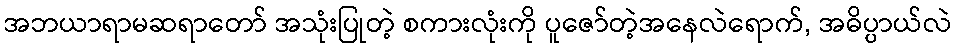
အဘယာရာမဆရာတော် အသုံးပြုတဲ့ စကားလုံးကို ပူဇော်တဲ့အနေလဲရောက်, အဓိပ္ပာယ်လဲ